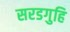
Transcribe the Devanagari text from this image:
सरडगुहि